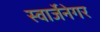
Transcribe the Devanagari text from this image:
स्वार्जेनेगर